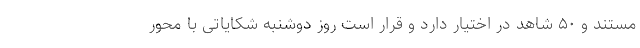
مستند و ۵۰ شاهد در اختیار دارد و قرار است روز دوشنبه شکایاتی با محور